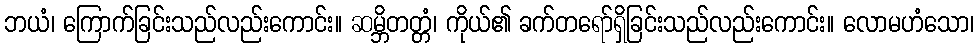
ဘယံ၊ ကြောက်ခြင်းသည်လည်းကောင်း။ ဆမ္ဘိတတ္တံ၊ ကိုယ်၏ ခက်တရော်ရှိခြင်းသည်လည်းကောင်း။ လောမဟံသော၊